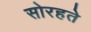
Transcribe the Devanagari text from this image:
सोरहते